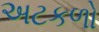
અટકળો